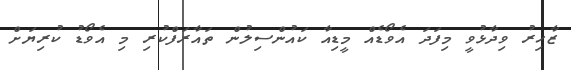
ޒާހިރު ވިދާޅުވީ މިފަދަ އެވޯޑެއް މީޑިއާ ކައުންސިލުން ތައާރަފްކުރި މި އެވޯޑު ކުރިޔަށް